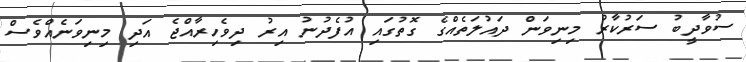
ސުވާދީބު ސަރުކާރު މިނިވަން ދައުލަތެއްގެ ގޮތުގައި އުފެދުނު އިރު ދިވެހިރާއްޖެ އަދި މިނިވަނެއްވެސް